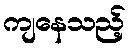
ကျနေသည့်